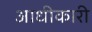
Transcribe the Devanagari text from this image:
आधीकारी